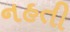
નહતી